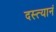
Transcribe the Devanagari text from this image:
दस्त्यानं